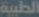
الطبية